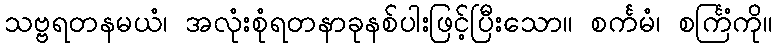
သဗ္ဗရတနမယံ၊ အလုံးစုံရတနာခုနစ်ပါးဖြင့်ပြီးသော။ စင်္ကမံ၊ စင်္ကြံကို။